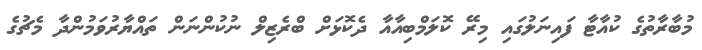
މުބާރާތުގެ ކުއާޓާ ފައިނަލުގައި މިރޭ ކޮލަމްބިއާއާ ދެކޮޅަށް ބްރެޒިލް ނުކުންނަން ތައްޔާރުވަމުންދާ މެޗުގެ